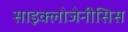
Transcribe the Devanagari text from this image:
साइक्लोजेनीसिस